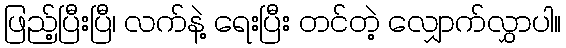
ဖြည့်ပြီးပြီ၊ လက်နဲ့ ရေးပြီး တင်တဲ့ လျှောက်လွှာပါ။